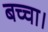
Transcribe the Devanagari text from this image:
बच्चा।